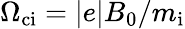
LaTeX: \Omega_{\mathrm{ci}}=|e|B_{0}/m_{\mathrm{i}}